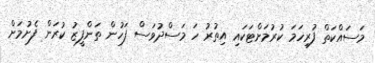
މަސައްކަތް ފުރިހަމަ ކުރުމަށްޓަކައި އިތުރު ހަ މަސްދުވަސް ފަހުން ތަންފީޒު ކުރަން ފެށުމަށް